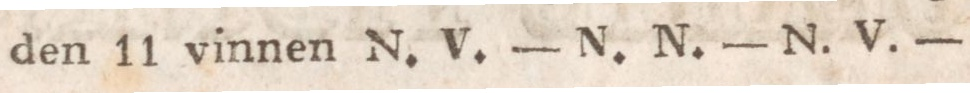
den 11 vinnen N. V. — N. N. — N. V. —